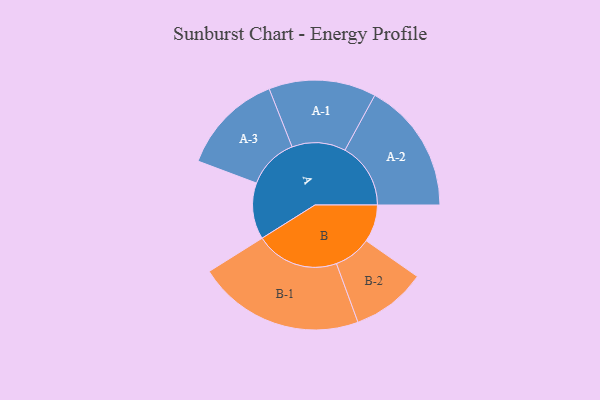
{"axis": {"x": "Segment", "y": "Value"}, "legend": ["", "A", "B"], "data": [{"x": "A", "y": 187, "type": ""}, {"x": "B", "y": 124, "type": ""}, {"x": "A-1", "y": 178, "type": "A"}, {"x": "A-2", "y": 218, "type": "A"}, {"x": "A-3", "y": 170, "type": "A"}, {"x": "B-1", "y": 277, "type": "B"}, {"x": "B-2", "y": 124, "type": "B"}]}